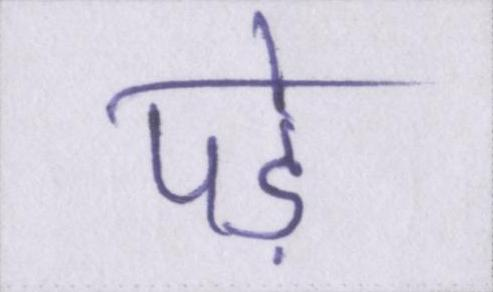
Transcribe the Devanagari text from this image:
पड़े